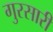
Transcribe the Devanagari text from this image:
गुरसारी